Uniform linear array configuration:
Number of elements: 12
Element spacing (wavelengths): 1
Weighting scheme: binomial
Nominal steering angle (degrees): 15
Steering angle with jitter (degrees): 14.321
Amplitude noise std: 0.05
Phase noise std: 0.05

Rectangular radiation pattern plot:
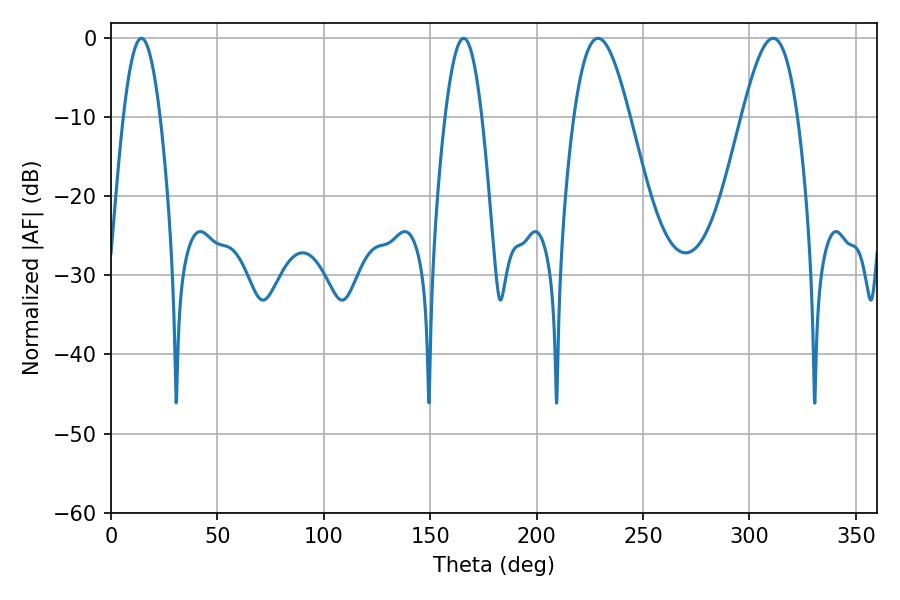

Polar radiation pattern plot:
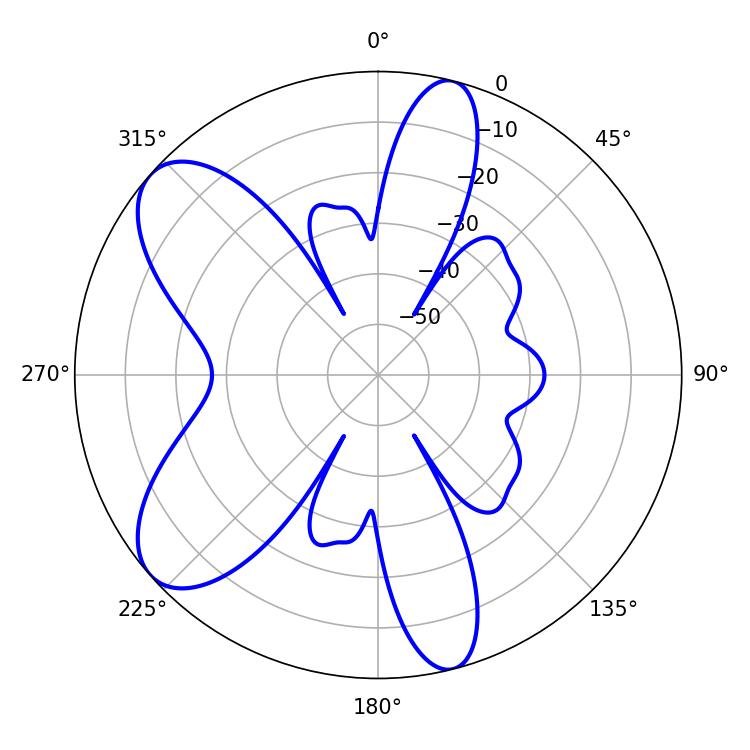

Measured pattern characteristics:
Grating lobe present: TRUE
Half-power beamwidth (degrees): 14.04
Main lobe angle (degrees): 228.78